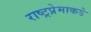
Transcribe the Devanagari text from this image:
राष्ट्रप्रेमाकडे